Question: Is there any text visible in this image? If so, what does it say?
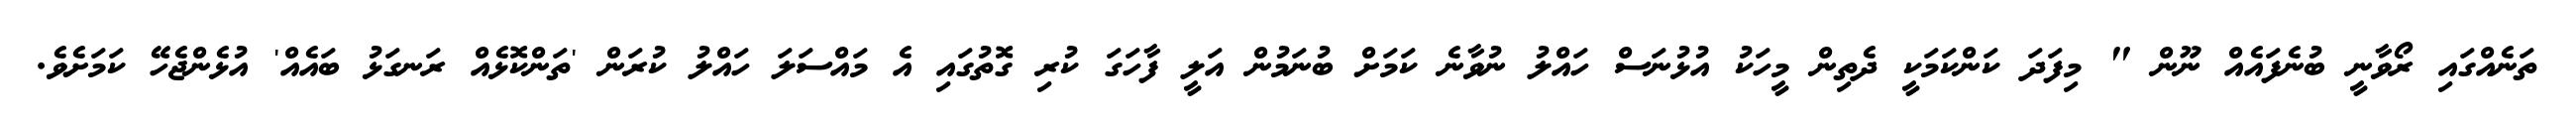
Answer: ތަނެއްގައި ރޯވާނީ ބުނެފައެއް ނޫން " މިފަދަ ކަންކަމަކީ ދެތިން މީހަކު އުޅުނަސް ހައްލު ނުވާނެ ކަމަށް ބުނަމުން އަލީ ފާހަގަ ކުރި ގޮތުގައި އެ މައްސަލަ ހައްލު ކުރަން 'ތަންކޮޅެއް ރަނގަޅު ބައެއް' އުޅެންޖެހޭ ކަމަށެވެ.